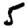
Digit: 5